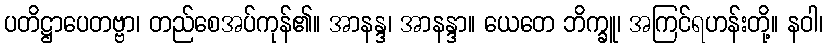
ပတိဋ္ဌာပေတဗ္ဗာ၊ တည်စေအပ်ကုန်၏။ အာနန္ဒ၊ အာနန္ဒာ။ ယေတေ ဘိက္ခူ၊ အကြင်ရဟန်းတို့။ နဝါ၊